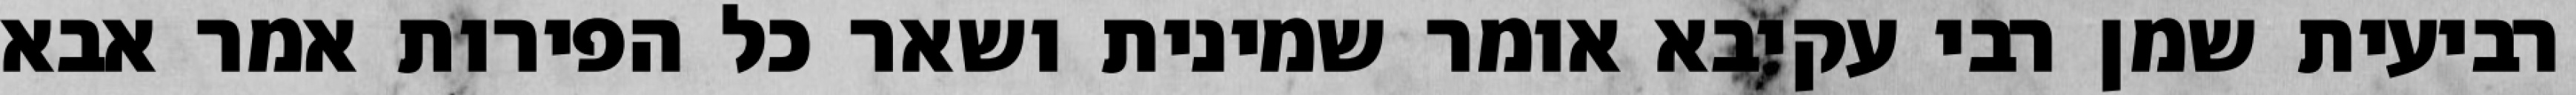
רביעית שמן רבי עקיבא אומר שמינית ושאר כל הפירות אמר אבא